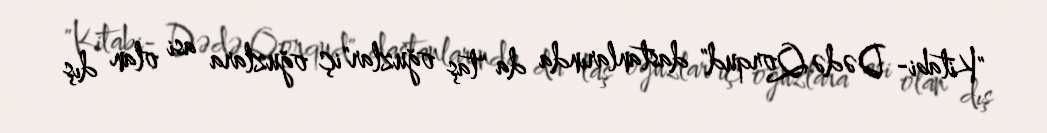
"Kitabi- Dədə Qorqud" dastanlarında da "taş oğuzlar"iç oğuzlara asi olan dış